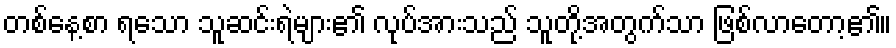
တစ်နေ့စာ ရသော သူဆင်းရဲများ၏ လုပ်အားသည် သူတို့အတွက်သာ ဖြစ်လာတော့၏။